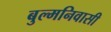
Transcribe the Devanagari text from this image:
बुल्मनिवासी